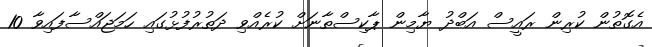
އެގޮތުން ކުރިން ރައީސް އަބްދު ޔާމިން ޕާކިސްތާނަށް ކުރެއްވި ދަތުރުފުޅުގައި ހަމަޖައްސާފައިވާ 10